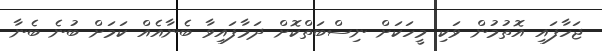
ޖަހާފައި އޮތުމުން ވަކި މީހަކަށް ނިސްބަތްކޮށް ދަމާފައިވާ ބެނާއެއް ކަމަށް ބުނެ ބެނާ